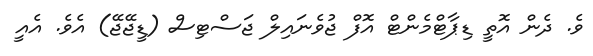
ވެ. ދެން އޮތީ ޑިޕާޓްމެންޓް އޮފް ޖުވެނައިލް ޖަސްޓިސް (ޑީޖޭޖޭ) އެވެ. އެއީ